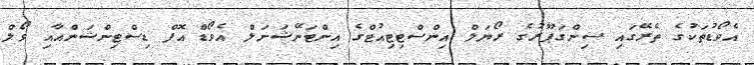
އެވޯޑުތަކުގެ ތެރޭގައި ސިންގަޕޫރުގެ ރޯޔަލް އިންސްޓިޓިއުޓްގެ އިންޓަނޭޝަނަލް އެވޯޑް އޮފް ޑިސްޓިންޝަންއާއި ވޯލް